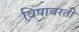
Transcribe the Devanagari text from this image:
विषावरती